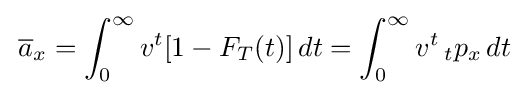
\,{\overline {a}}_{x}=\int _{0}^{\infty }v^{t}[1-F_{T}(t)]\,dt=\int _{0}^{\infty }v^{t}\,_{t}p_{x}\,dt